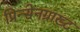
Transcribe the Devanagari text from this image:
प्रिन्सेनग्राख्ट